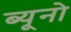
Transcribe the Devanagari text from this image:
ब्यूनो